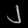
Digit: ၂